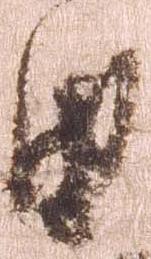
由